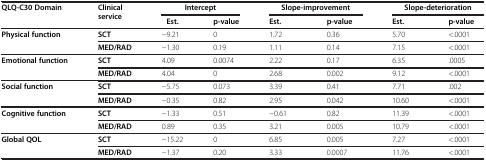
<table><thead><tr><td rowspan="2"><b>QLQ-C30 Domain</b></td><td rowspan="2"><b>Clinical service</b></td><td><b>Intercept</b></td><td><b> </b></td><td><b>Slope-improvement</b></td><td><b> </b></td><td><b>Slope-deterioration</b></td><td><b> </b></td></tr><tr><td><b>Est.</b></td><td><b>p-value</b></td><td><b>Est.</b></td><td><b>p-value</b></td><td><b>Est.</b></td><td><b>p-value</b></td></tr></thead><tbody><tr><td rowspan="2"><b>Physical function</b></td><td><b>SCT</b></td><td>−9.21</td><td>0</td><td>1.72</td><td>0.36</td><td>5.70</td><td>&lt;.0001</td></tr><tr><td><b>MED/RAD</b></td><td>−1.30</td><td>0.19</td><td>1.11</td><td>0.14</td><td>7.15</td><td>&lt;.0001</td></tr><tr><td rowspan="2"><b>Emotional function</b></td><td><b>SCT</b></td><td>4.09</td><td>0.0074</td><td>2.22</td><td>0.17</td><td>6.35</td><td>.0005</td></tr><tr><td><b>MED/RAD</b></td><td>4.04</td><td>0</td><td>2.68</td><td>0.002</td><td>9.12</td><td>&lt;.0001</td></tr><tr><td rowspan="2"><b>Social function</b></td><td><b>SCT</b></td><td>−5.75</td><td>0.073</td><td>3.39</td><td>0.41</td><td>7.71</td><td>.002</td></tr><tr><td><b>MED/RAD</b></td><td>−0.35</td><td>0.82</td><td>2.95</td><td>0.042</td><td>10.60</td><td>&lt;.0001</td></tr><tr><td rowspan="2"><b>Cognitive function</b></td><td><b>SCT</b></td><td>−1.33</td><td>0.51</td><td>−0.61</td><td>0.82</td><td>11.39</td><td>&lt;.0001</td></tr><tr><td><b>MED/RAD</b></td><td>0.89</td><td>0.35</td><td>3.21</td><td>0.005</td><td>10.79</td><td>&lt;.0001</td></tr><tr><td rowspan="2"><b>Global QOL</b></td><td><b>SCT</b></td><td>−15.22</td><td>0</td><td>6.85</td><td>0.005</td><td>7.27</td><td>&lt;.0001</td></tr><tr><td><b>MED/RAD</b></td><td>−1.37</td><td>0.20</td><td>3.33</td><td>0.0007</td><td>11.76</td><td>&lt;.0001</td></tr></tbody></table>